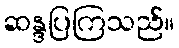
ဆန္ဒပြကြသည်။